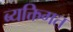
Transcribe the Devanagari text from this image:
ब्यक्तिगत